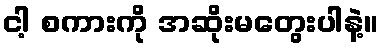
ငါ့ စကားကို အဆိုးမတွေးပါနဲ့။